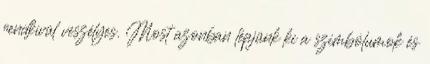
rendkívül veszélyes. Most azonban lépjünk ki a szimbólumok és